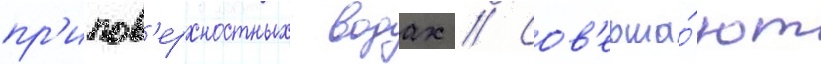
пр'ипов'ерхностных водах // Сов'ерша́ют